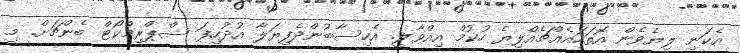
އެކަނި ލިޔެވެން އޮތަހައެއްޗެއްލިޔެ ހުކުމް އިއްވާލީ. އެހިސާބުންދެފިޔަލާ އުދުހިފަ ސްޕްރިމްކޯޓް ބެންޗަށް. މި